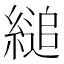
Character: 縋